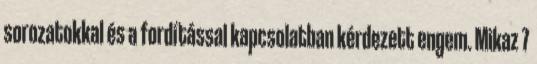
sorozatokkal és a fordítással kapcsolatban kérdezett engem. Mikaz 7